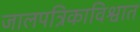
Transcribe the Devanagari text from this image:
जालपत्रिकाविश्वात